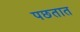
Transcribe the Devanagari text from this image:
पछतात